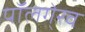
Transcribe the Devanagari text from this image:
पॉलगे्रव